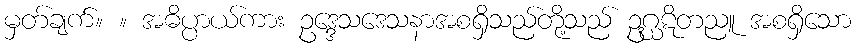
မှတ်ချက်။ ။ အဓိပ္ပာယ်ကား ဥဒ္ဒေသဒေသနာအစရှိသည်တို့သည် ဥဂ္ဃဋိတညူ အစရှိသော